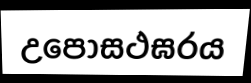
උපෝසථඝරය